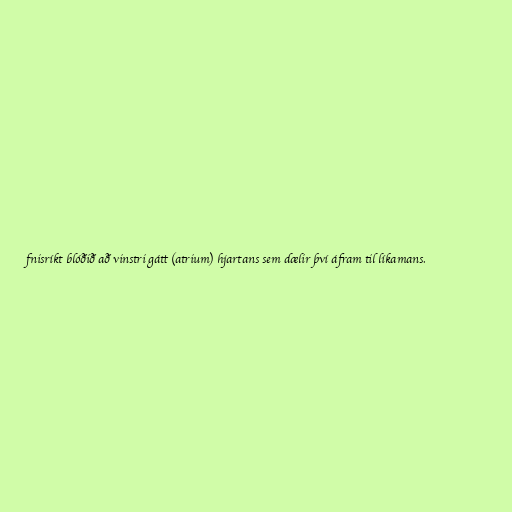
fnisríkt blóðið að vinstri gátt (atrium) hjartans sem dælir því áfram til líkamans.